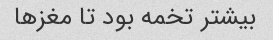
بیشتر تخمه بود تا مغزها